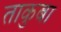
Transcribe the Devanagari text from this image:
ताकुबा